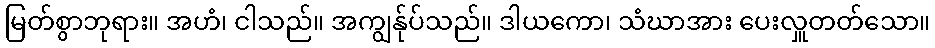
မြတ်စွာဘုရား။ အဟံ၊ ငါသည်။ အကျွန်ုပ်သည်။ ဒါယကော၊ သံဃာအား ပေးလှူတတ်သော။